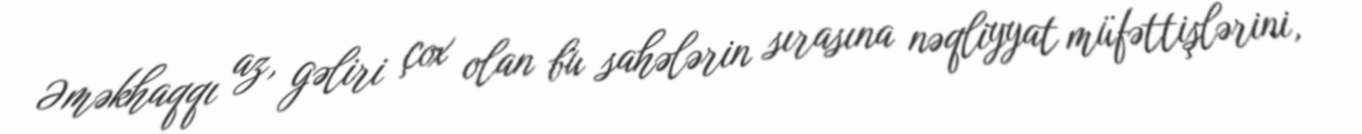
Əməkhaqqı az, gəliri çox olan bu sahələrin sırasına nəqliyyat müfəttişlərini,